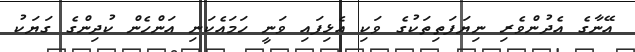
އޭނާގެ އެދުންވެރި ނިޔަފަތިތަކުގެ ވަކި އެޅިފައި ވަނީ ހަމައެކަނި އަންހެން ކުދިންގެ ގަޔަކު